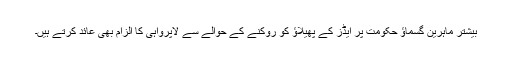
بیشتر ماہرین گسماؤ حکومت پر ایڈز کے پھیلاؤ کو روکنے کے حوالے سے لاپرواہی کا الزام بھی عائد کرتے ہیں۔